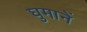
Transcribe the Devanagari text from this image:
घुमानें